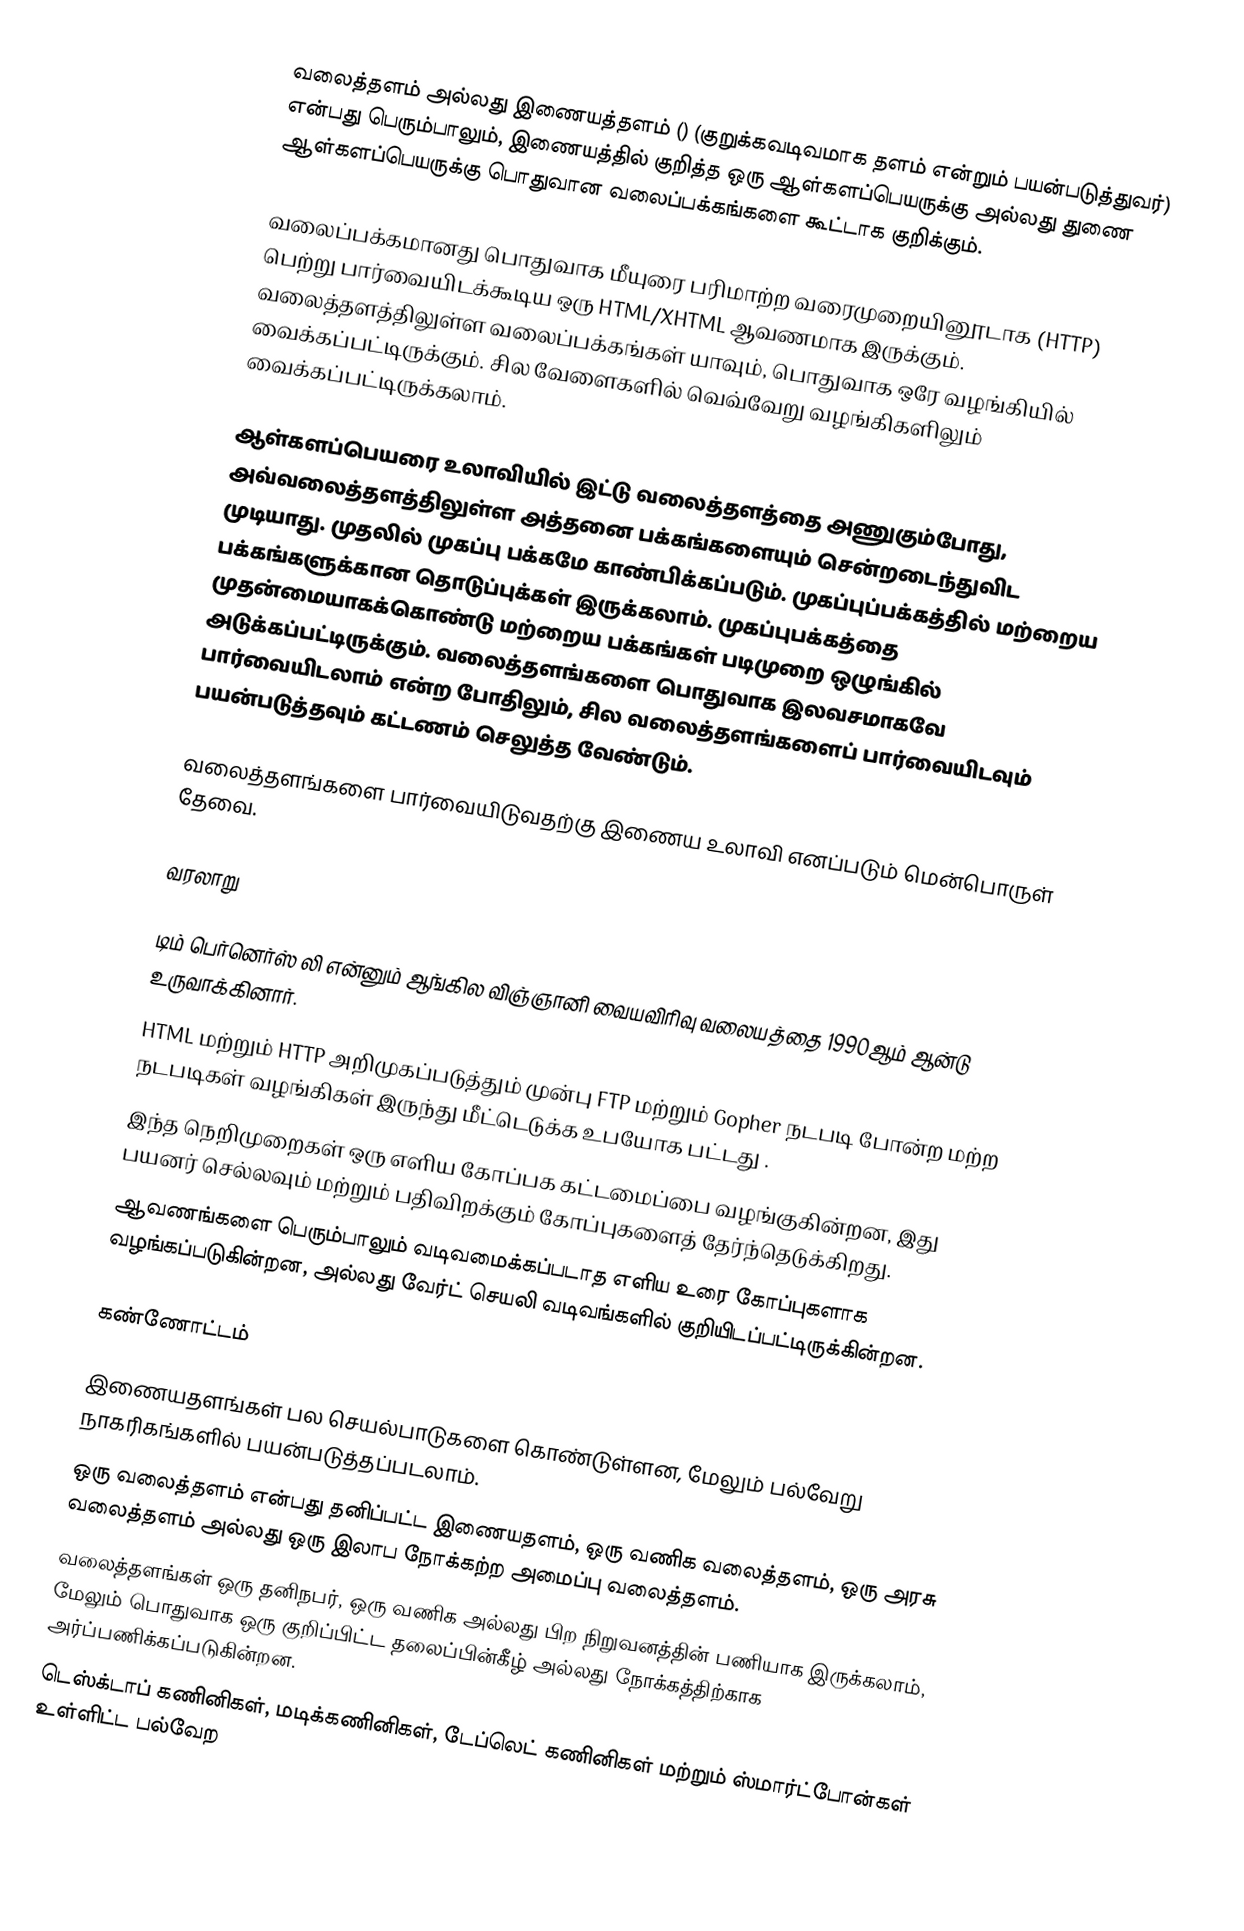
வலைத்தளம் அல்லது இணையத்தளம் () (குறுக்கவடிவமாக தளம் என்றும் பயன்படுத்துவர்) என்பது பெரும்பாலும், இணையத்தில் குறித்த ஒரு ஆள்களப்பெயருக்கு அல்லது துணை ஆள்களப்பெயருக்கு பொதுவான வலைப்பக்கங்களை கூட்டாக குறிக்கும்.

வலைப்பக்கமானது பொதுவாக மீயுரை பரிமாற்ற வரைமுறையினூடாக (HTTP) பெற்று பார்வையிடக்கூடிய ஒரு HTML/XHTML ஆவணமாக இருக்கும். வலைத்தளத்திலுள்ள வலைப்பக்கங்கள் யாவும், பொதுவாக ஒரே வழங்கியில் வைக்கப்பட்டிருக்கும். சில வேளைகளில் வெவ்வேறு வழங்கிகளிலும் வைக்கப்பட்டிருக்கலாம்.

ஆள்களப்பெயரை உலாவியில் இட்டு வலைத்தளத்தை அணுகும்போது, அவ்வலைத்தளத்திலுள்ள அத்தனை பக்கங்களையும் சென்றடைந்துவிட முடியாது. முதலில் முகப்பு பக்கமே காண்பிக்கப்படும். முகப்புப்பக்கத்தில் மற்றைய பக்கங்களுக்கான தொடுப்புக்கள் இருக்கலாம். முகப்புபக்கத்தை முதன்மையாகக்கொண்டு மற்றைய பக்கங்கள் படிமுறை ஒழுங்கில் அடுக்கப்பட்டிருக்கும். வலைத்தளங்களை பொதுவாக இலவசமாகவே பார்வையிடலாம் என்ற போதிலும், சில வலைத்தளங்களைப் பார்வையிடவும் பயன்படுத்தவும் கட்டணம் செலுத்த வேண்டும்.

வலைத்தளங்களை பார்வையிடுவதற்கு இணைய உலாவி எனப்படும் மென்பொருள் தேவை.

வரலாறு

 டிம் பெர்னெர்ஸ் லி என்னும் ஆங்கில விஞ்ஞானி வையவிரிவு வலையத்தை 1990ஆம் ஆன்டு உருவாக்கினார்.
 HTML மற்றும் HTTP  அறிமுகப்படுத்தும் முன்பு FTP மற்றும் Gopher நடபடி போன்ற மற்ற நடபடிகள் வழங்கிகள் இருந்து மீட்டெடுக்க உபயோக பட்டது .
 இந்த நெறிமுறைகள் ஒரு எளிய கோப்பக கட்டமைப்பை வழங்குகின்றன, இது பயனர் செல்லவும் மற்றும் பதிவிறக்கும் கோப்புகளைத் தேர்ந்தெடுக்கிறது.
 ஆவணங்களை பெரும்பாலும் வடிவமைக்கப்படாத எளிய உரை கோப்புகளாக வழங்கப்படுகின்றன, அல்லது வேர்ட் செயலி வடிவங்களில் குறியிடப்பட்டிருக்கின்றன.

கண்ணோட்டம்

 இணையதளங்கள் பல செயல்பாடுகளை கொண்டுள்ளன, மேலும் பல்வேறு நாகரிகங்களில் பயன்படுத்தப்படலாம்.
 ஒரு வலைத்தளம் என்பது தனிப்பட்ட இணையதளம், ஒரு வணிக வலைத்தளம், ஒரு அரசு வலைத்தளம் அல்லது ஒரு இலாப நோக்கற்ற அமைப்பு வலைத்தளம்.
 வலைத்தளங்கள் ஒரு தனிநபர், ஒரு வணிக அல்லது பிற நிறுவனத்தின் பணியாக இருக்கலாம், மேலும் பொதுவாக ஒரு குறிப்பிட்ட தலைப்பின்கீழ் அல்லது நோக்கத்திற்காக அர்ப்பணிக்கப்படுகின்றன.
 டெஸ்க்டாப் கணினிகள், மடிக்கணினிகள், டேப்லெட் கணினிகள் மற்றும் ஸ்மார்ட்போன்கள் உள்ளிட்ட பல்வேற